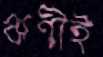
ঋণীই